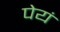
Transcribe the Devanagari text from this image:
पेयं